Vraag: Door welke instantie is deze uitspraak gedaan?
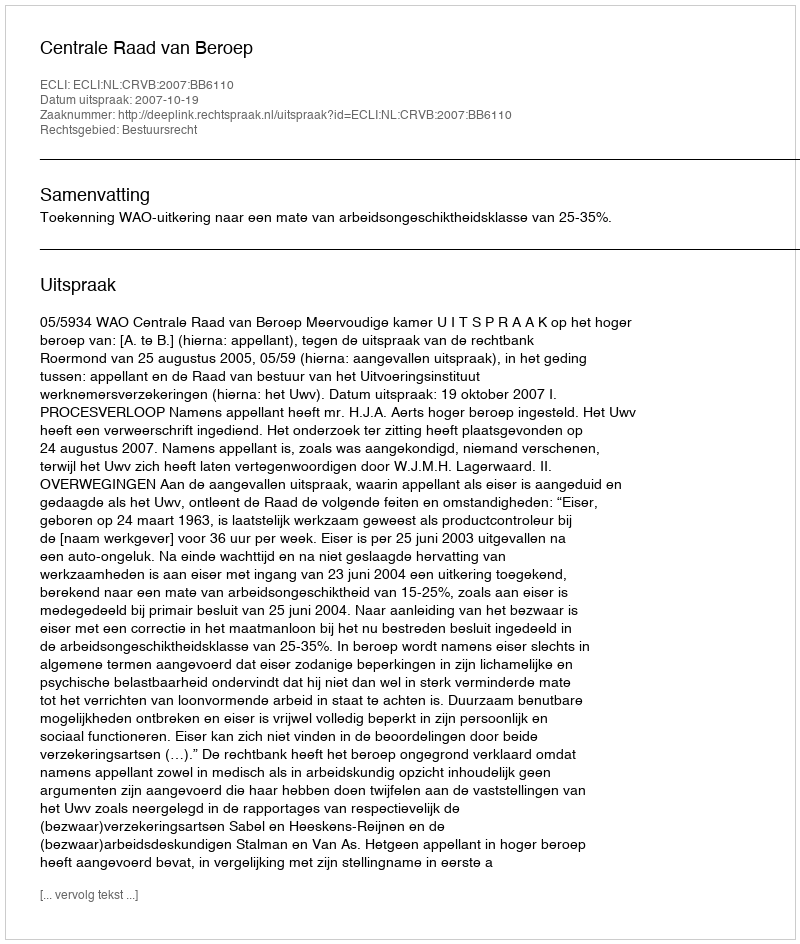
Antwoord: Centrale Raad van Beroep